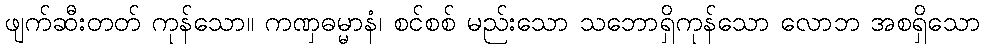
ဖျက်ဆီးတတ် ကုန်သော။ ကဏှဓမ္မာနံ၊ စင်စစ် မည်းသော သဘောရှိကုန်သော လောဘ အစရှိသော